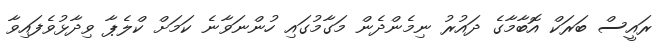
ރައީސް ބަރަކް އޮބާމާގެ ދައުރު ނިމެންދެން މަގާމުގައި ހުންނަވާނެ ކަމަށް ކްލެޕާ ވިދާޅުވެފައިވާ